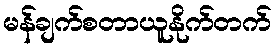
မန်ချက်စတာယူနိုက်တက်